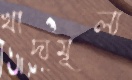
খাদ্যমূল্য